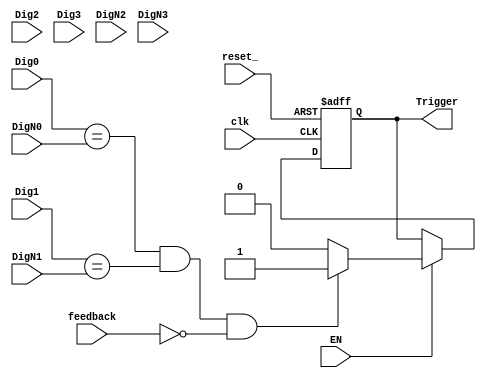
module AlarmaComp(clk,reset_,Dig0,Dig1,Dig2,Dig3,DigN0,DigN1,DigN2,DigN3,feedback,EN,Trigger);

input clk;
input reset_;
input [3:0] Dig0;
input [3:0] Dig1;
input [3:0] Dig2;
input [3:0] Dig3;
input [3:0] DigN0;
input [3:0] DigN1;
input [3:0] DigN2;
input [3:0] DigN3;
input feedback;
input EN;

output Trigger;

reg Trig_ff, Trig_nxt;

assign Trigger = Trig_ff;

always@(*)
	begin
	Trig_nxt = Trig_ff;
		if(EN)
			begin
				if(Dig0==DigN0 && Dig1==DigN1 & Dig1==DigN1 & Dig1==DigN1 && feedback==1'b0) //  
					begin		
						Trig_nxt = 1'b1;
					end
				else
					begin
						Trig_nxt = 1'b0;
					end	
			end
	end


always@(posedge clk or negedge reset_)
	begin
		if(~reset_)
			begin
				Trig_ff <= 1'b0;
			end
		else
			begin
				Trig_ff <= Trig_nxt;
			end
	end
	

endmodule